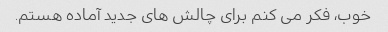
خوب، فکر می کنم برای چالش های جدید آماده هستم.